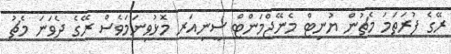
ރޭގެ ފުރަތަމަ މެޗުން ޔުނިޓް މެނޭޖްމަންޓް ސީނިއަރ މޮޅުވިނަމަވެސް ރޭގެ ދެވަނަ މެޗު